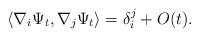
LaTeX: \begin{align*} \langle \nabla_i \Psi_t, \nabla_j \Psi_t\rangle= \delta_i^j +O(t).\end{align*}